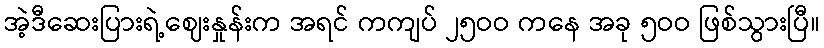
အဲ့ဒီဆေးပြားရဲ့ဈေးနှုန်းက အရင် ကကျပ် ၂၅ဝဝ ကနေ အခု ၅ဝဝ ဖြစ်သွားပြီ။